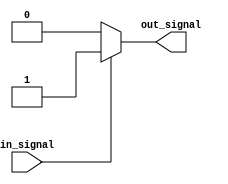
module active_high_buffer (
    input wire in_signal,
    output reg out_signal
);

// Assign the output signal to be the same as the input signal with active high behavior
always @*
begin
    if (in_signal == 1'b1)
    begin
        out_signal = 1'b1;
    end
    else
    begin
        out_signal = 1'b0;
    end
end

endmodule